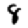
Digit: 8